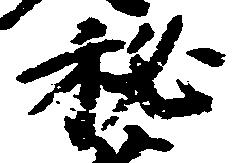
秘